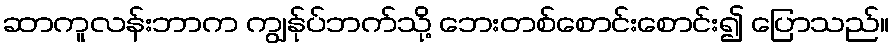
ဆာကူလန်းဘာက ကျွန်ုပ်ဘက်သို့ ဘေးတစ်စောင်းစောင်း၍ ပြောသည်။